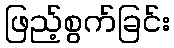
ဖြည့်စွက်ခြင်း